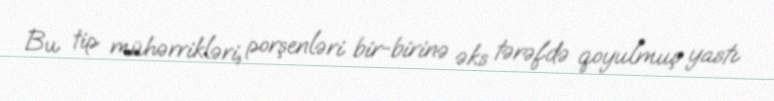
Bu tip mühərrikləri, porşenləri bir-birinə əks tərəfdə qoyulmuş yastı